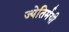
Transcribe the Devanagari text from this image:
ज्येतिर्मयी